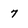
Character: 7